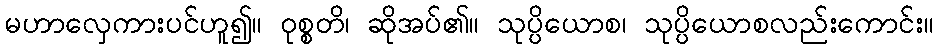
မဟာလှေကားပင်ဟူ၍။ ဝုစ္စတိ၊ ဆိုအပ်၏။ သုပ္ပိယောစ၊ သုပ္ပိယောစလည်းကောင်း။